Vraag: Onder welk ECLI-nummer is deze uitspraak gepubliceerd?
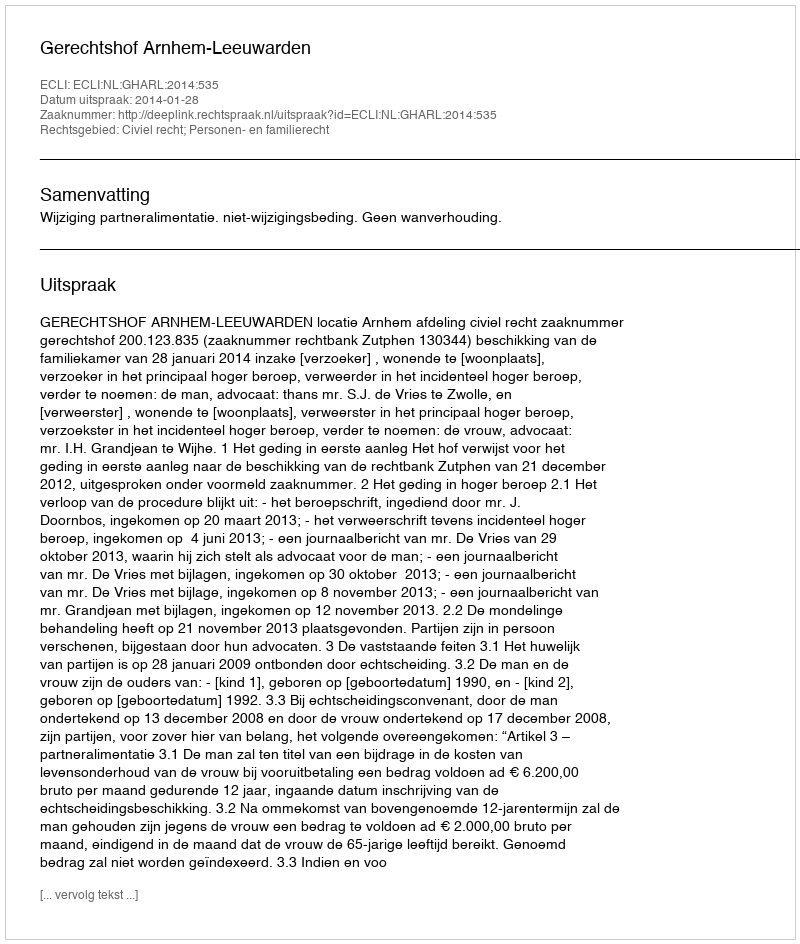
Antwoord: ECLI:NL:GHARL:2014:535